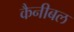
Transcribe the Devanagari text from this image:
कैनीबल